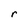
Character: r